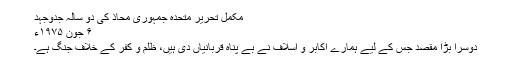
مکمل تحریر متحدہ جمہوری محاذ کی دو سالہ جدوجہد
۶ جون ۱۹۷۵ء
دوسرا بڑا مقصد جس کے لیے ہمارے اکابر و اسلاف نے بے پناہ قربانیاں دی ہیں، ظلم و کفر کے خلاف جنگ ہے۔